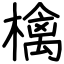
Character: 檎